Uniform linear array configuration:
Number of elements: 24
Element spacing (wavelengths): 1
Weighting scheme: blackman
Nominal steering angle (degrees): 60
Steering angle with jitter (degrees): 59.088
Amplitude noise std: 0.05
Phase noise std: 0.05

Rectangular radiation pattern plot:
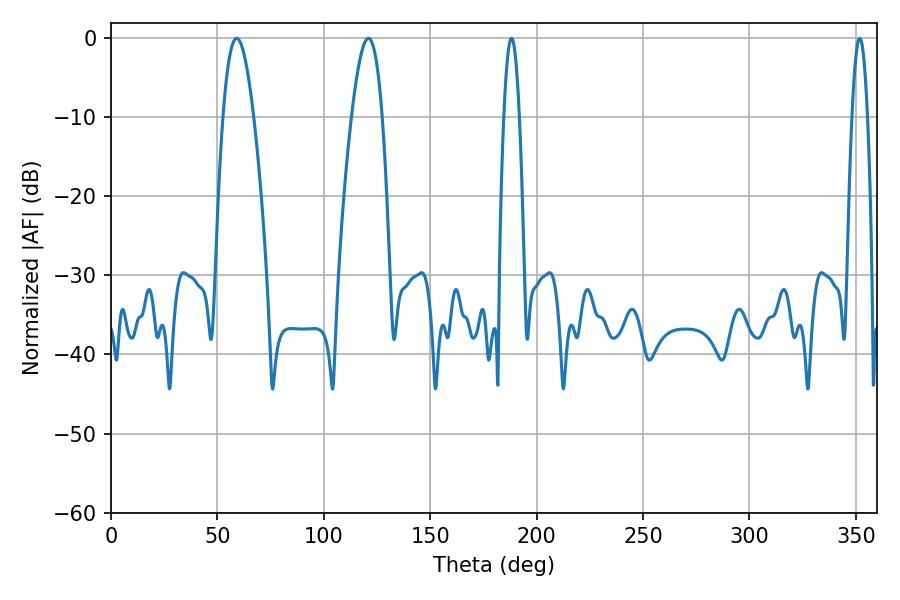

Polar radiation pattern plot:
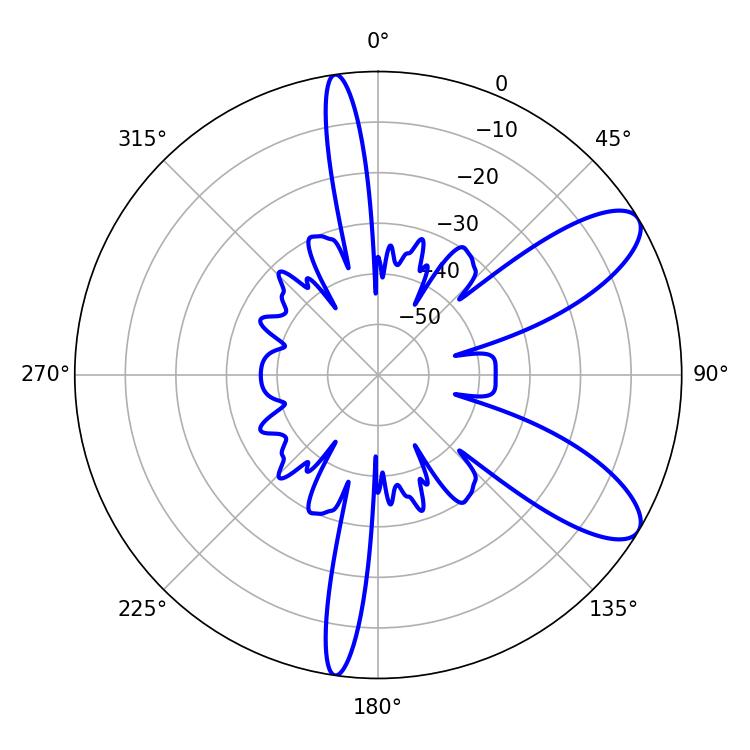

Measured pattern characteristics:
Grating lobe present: TRUE
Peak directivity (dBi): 9.325
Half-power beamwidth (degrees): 7.74
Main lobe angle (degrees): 120.96